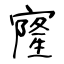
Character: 㝫